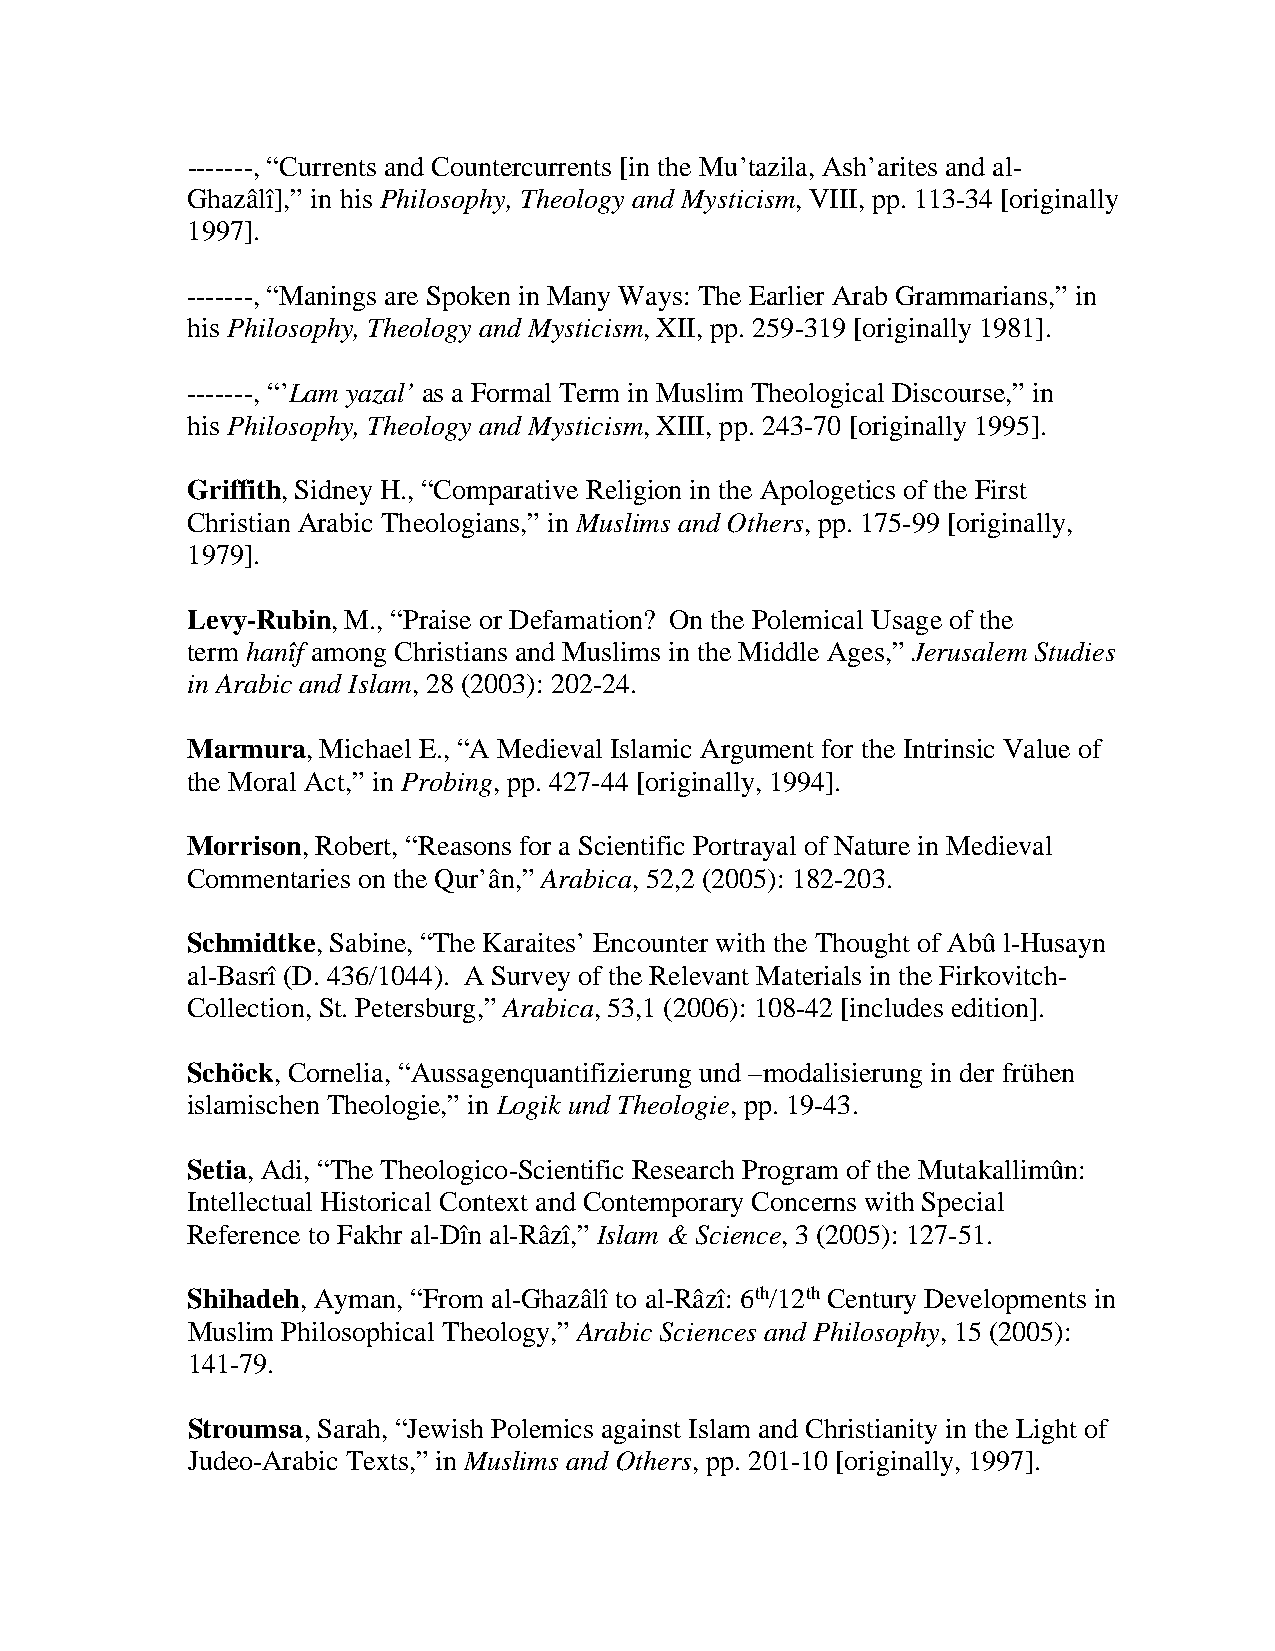
-------, “Currents and Countercurrents [in the Mu’tazila, Ash’arites and al-
 Ghazâlî],” in his Philosophy, Theology and Mysticism, VIII, pp. 113-34 [originally
 1997].
 -------, “Manings are Spoken in Many Ways: The Earlier Arab Grammarians,” in
 his Philosophy, Theology and Mysticism, XII, pp. 259-319 [originally 1981].
 -------, “’Lam yazal’ as a Formal Term in Muslim Theological Discourse,” in
 his Philosophy, Theology and Mysticism, XIII, pp. 243-70 [originally 1995].
 Griffith, Sidney H., “Comparative Religion in the Apologetics of the First
 Christian Arabic Theologians,” in Muslims and Others, pp. 175-99 [originally,
 1979].
 Levy-Rubin, M., “Praise or Defamation? On the Polemical Usage of the
 term hanîf among Christians and Muslims in the Middle Ages,” Jerusalem Studies
 in Arabic and Islam, 28 (2003): 202-24.
 Marmura, Michael E., “A Medieval Islamic Argument for the Intrinsic Value of
 the Moral Act,” in Probing, pp. 427-44 [originally, 1994].
 Morrison, Robert, “Reasons for a Scientific Portrayal of Nature in Medieval
 Commentaries on the Qur’ân,” Arabica, 52,2 (2005): 182-203.
 Schmidtke, Sabine, “The Karaites’ Encounter with the Thought of Abû l-Husayn
 al-Basrî (D. 436/1044). A Survey of the Relevant Materials in the Firkovitch-
 Collection, St. Petersburg,” Arabica, 53,1 (2006): 108-42 [includes edition].
 Schöck, Cornelia, “Aussagenquantifizierung und –modalisierung in der frühen
 islamischen Theologie,” in Logik und Theologie, pp. 19-43.
 Setia, Adi, “The Theologico-Scientific Research Program of the Mutakallimûn:
 Intellectual Historical Context and Contemporary Concerns with Special
 Reference to Fakhr al-Dîn al-Râzî,” Islam & Science, 3 (2005): 127-51.
 Shihadeh, Ayman, “From al-Ghazâlî to al-Râzî: 6th/12th Century Developments in
 Muslim Philosophical Theology,” Arabic Sciences and Philosophy, 15 (2005):
 141-79.
 Stroumsa, Sarah, “Jewish Polemics against Islam and Christianity in the Light of
 Judeo-Arabic Texts,” in Muslims and Others, pp. 201-10 [originally, 1997].